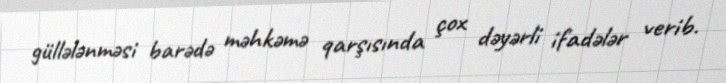
güllələnməsi barədə məhkəmə qarşısında çox dəyərli ifadələr verib.